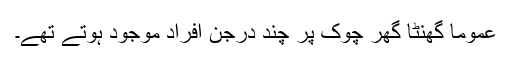
عموماً گھنٹا گھر چوک پر چند درجن افراد موجود ہوتے تھے۔